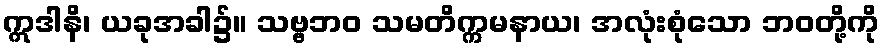
ဣဒါနိ၊ ယခုအခါ၌။ သဗ္ဗဘဝ သမတိက္ကမနာယ၊ အလုံးစုံသော ဘဝတို့ကို